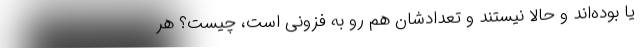
یا بوده‌اند و حالا نیستند و تعدادشان هم رو به فزونی است، چیست؟ هر